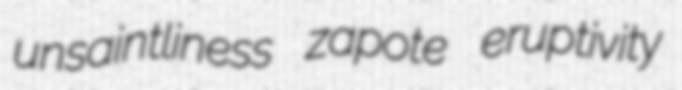
unsaintliness zapote eruptivity